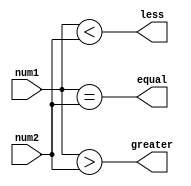
module comparator(
    input [1:0] num1,
    input [1:0] num2,
    output equal,
    output greater,
    output less
);

assign equal = (num1 == num2);
assign greater = (num1 > num2);
assign less = (num1 < num2);

endmodule